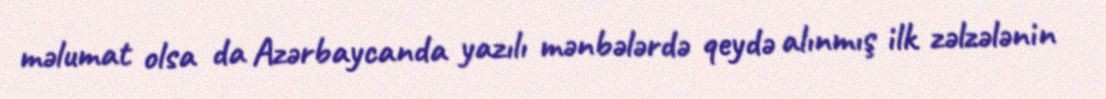
məlumat olsa da Azərbaycanda yazılı mənbələrdə qeydə alınmış ilk zəlzələnin